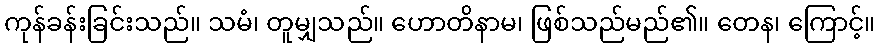
ကုန်ခန်းခြင်းသည်။ သမံ၊ တူမျှသည်။ ဟောတိနာမ၊ ဖြစ်သည်မည်၏။ တေန၊ ကြောင့်။